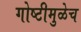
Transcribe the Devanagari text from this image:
गोष्टीमुळेच